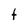
Character: t